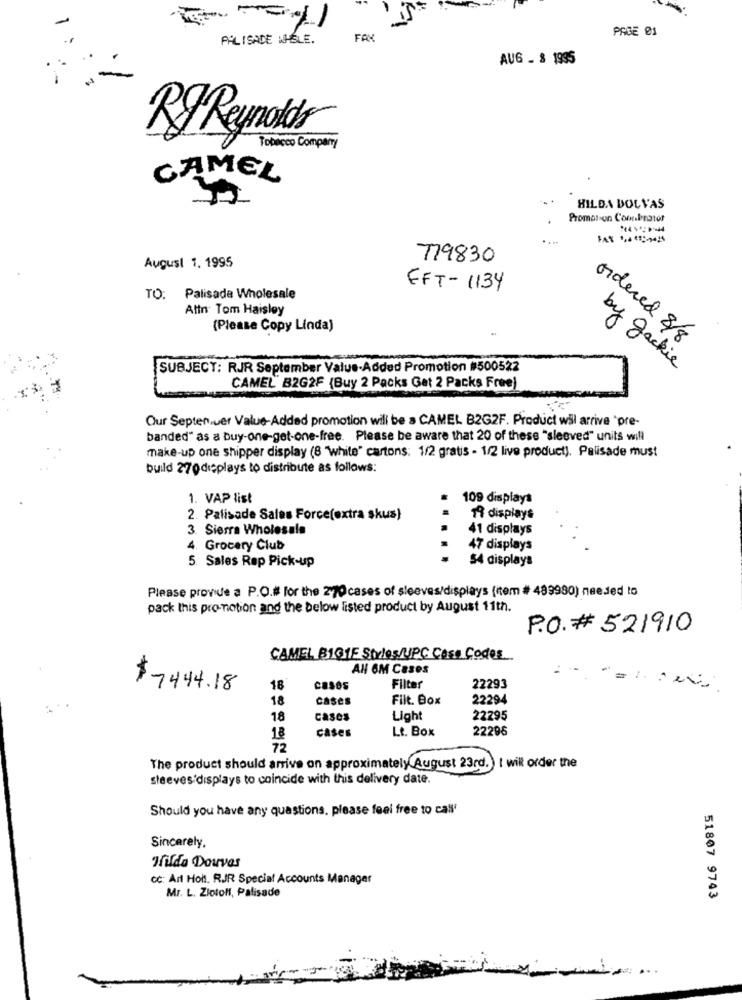
PAGE 01
PALISADE WHSLE.
FAX
AUG _ $ 1935
BJ Reynolds
Tobacco Company
CAMEL
HILDA DOLVAS
Promotion Com.brator
779830
August 1, 1995
EFT-1134
TO: Palisade Wholesale
Attn Tom Haisley
(Please Copy Linda)
ordered 8/8
SUBJECT: RJR September Value-Added Promotion #500522
by Jackie
CAMEL' B2G2F {Buy 2 Packs Get 2 Packs Free)
Our Septen ver Value-Added promotion will be a CAMEL B2G2F. Product will arrive 'pre-
banded" as a buy-one-get-one-free. Please be aware that 20 of these "sleeved" units will
make-up one shipper display (8 'white" cartons: 1/2 gratis - 1/2 live product). Palisade must
build 270displays to distribute as follows:
1. VAP list
109 displays
2. Palisade Sales Force(extra skus)
19 displays
3. Sierra Wholesale
41 displays
4. Grocery Club
47 displays
5. Sales Rep Pick-up
54 displays
Please provide a P.O.# For the 270 cases of sleeves/displays (nem # 489980) needed to
pack this promotion and the below listed product by August 11th.
P.O. # 521910
CAMEL B101E Styles/UPC Cass Codes
AN OM Cases
$7444.18
18
CASOS
Filter
22293
18
cases
Filt. Box
22294
18
cases
Light
22295
cases
Lt. Box
22296
18
72
The product should arrive on approximately August 23rd. ) I wil order the
sleeves displays to coincide with this delivery date.
Should you have any questions, please feel free to call'
Sincerely.
Tilda Douvas
cc: Art Holl. RJR Special Accounts Manager
Mr. L. Ziotoff, Palisade
51807 9743